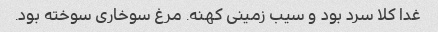
غدا کلا سرد بود و سیب زمینی کهنه. مرغ سوخاری سوخته بود.